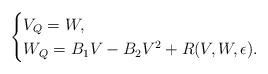
LaTeX: \begin{align*} \begin{cases} V_{Q}=W, & \\ W_{Q}=B_1V-B_2V^2+R(V,W,\epsilon).& \end{cases}\end{align*}